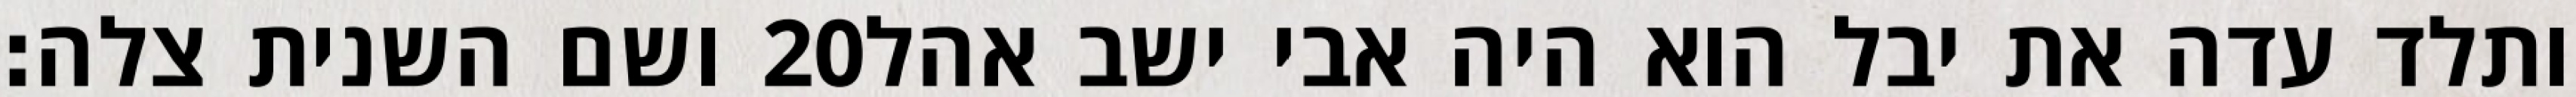
ושם השנית צלה׃ ‎20‏ ותלד עדה את יבל הוא היה אבי ישב אהל